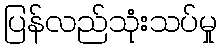
ပြန်လည်သုံးသပ်မှု